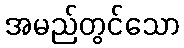
အမည်တွင်သော